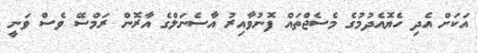
އަކަށް އެދި ހެޔޮއެދުމުގެ މެސެޖްތައް ފޮނުވާއިރު އާސެނަލްގެ އާރޮން ރަމްސޭ ވެސް ވަނީ